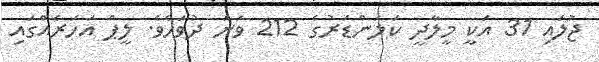
ޖުލައި 31 އަކީ މީލާދީ ކަލަންޑަރުގެ 212 ވަނަ ދުވަހެވެ. ލީޕް އަހަރެއްގައި